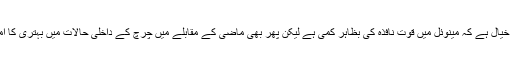
تجزیہ کاروں کا خیال ہے کہ مینوئل میں قوت نافذہ کی بظاہر کمی ہے لیکن پھر بھی ماضی کے مقابلے میں چرچ کے داخلی حالات میں بہتری کا امکان موجود ہے۔